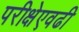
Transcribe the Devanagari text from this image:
परीक्षेएवढी